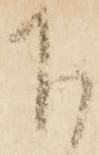
下